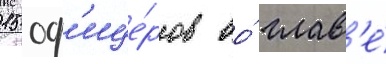
15 оф'ице́ров во́ глав'е́